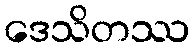
ဒေသိတဿ